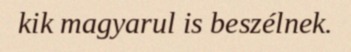
kik magyarul is beszélnek.